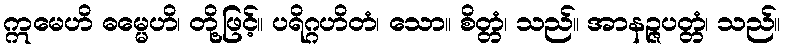
ဣမေဟိ ဓမ္မေဟိ၊ တို့ဖြင့်။ ပရိဂ္ဂဟိတံ၊ သော။ စိတ္တံ၊ သည်။ အာနဉ္ဇပတ္တံ၊ သည်။